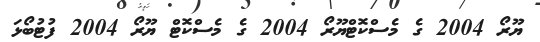
ޔޫރޯ 2004 ގެ މެސްކޮޓްޔޫރޯ 2004 ގެ މެސްކޮޓް ޔޫރޯ 2004 ފުޓުބޯޅަ